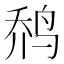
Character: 𱉬